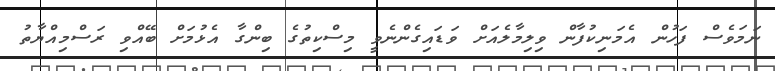
ނަމަވެސް ފަހުން އެމަނިކުފާން ވިލިމާލެއަށް ވަޑައިގެންނެވީ މިސްކިތުގެ ބިންގާ އެޅުމަށް ބޭއްވި ރަސްމިއްޔާތު